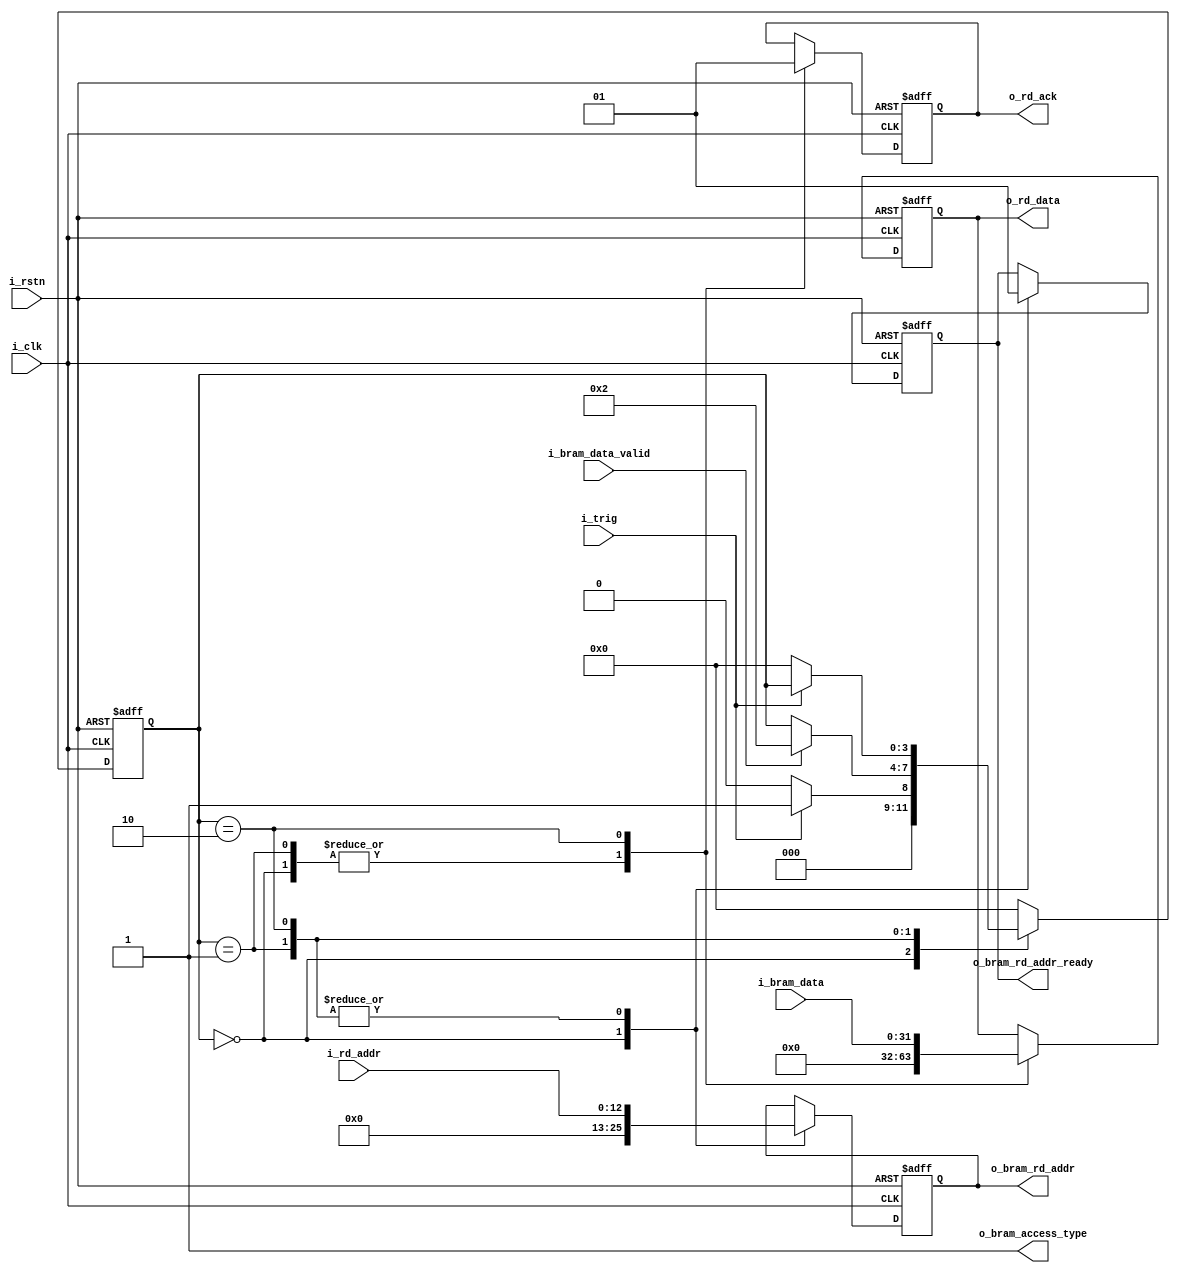
module rd_32b_from_bram (
	i_clk,
	i_rstn,
	i_trig,  // read transaction signal 
	i_rd_addr,
	o_rd_data,
	o_rd_ack,	// read transaction signal  END
	
	o_bram_access_type,	// to top bram read controller 0=512bit, 1=32bit
	o_bram_rd_addr,		// bram direct read addr
	o_bram_rd_addr_ready,	// handshake ready signal
	i_bram_data_valid,	// handshake valid signal
	i_bram_data
	
);
	input 				i_clk;
	input 				i_rstn;
	input 				i_trig;  // read transaction signal 
	input [12:0] 		i_rd_addr;
	output reg [31:0] 	o_rd_data;
	output reg 			o_rd_ack;	// read transaction signal  END
	
	output 				o_bram_access_type;	// to top bram read controller 0=512bit, 1=32bit
	output reg [12:0] 	o_bram_rd_addr;		// bram direct read addr
	output reg 			o_bram_rd_addr_ready;	// handshake ready signal
	input 				i_bram_data_valid;	// handshake valid signal
	input [31:0] 		i_bram_data;
	
	// State machine definition
	reg [3:0] sm_state;
	localparam	IDLE = 0,
				SEND_RD_CMD = 1,
				RCV_ACK = 2;
				
	assign o_bram_access_type = 1'b1;  // tied to 1
	
	// State machine transition
	always@(posedge i_clk or negedge i_rstn) begin
		if (i_rstn == 1'b0)
			begin
				sm_state <= IDLE;
				
				o_bram_rd_addr <= 13'h0;
				o_bram_rd_addr_ready <= 1'b0;
				
				o_rd_ack <= 1'b0;
				o_rd_data <= 32'h0;
			end
		else
			begin
				case (sm_state)
					IDLE:
						begin
							
							o_bram_rd_addr <= 13'h0;
							o_bram_rd_addr_ready <= 1'b0;
							
							o_rd_ack <= 1'b0;
							o_rd_data <= 32'h0;
							
							if (i_trig == 1'b1)
								sm_state <= SEND_RD_CMD;
							else
								sm_state <= IDLE;

						end
					SEND_RD_CMD:
						begin
							// in this state, push signal: o_bram_access_type=1, o_bram_rd_addr=i_rd_addr, o_bram_rd_addr_ready=1
							
							o_bram_rd_addr <= i_rd_addr;
							o_bram_rd_addr_ready <= 1'b1;
							
							o_rd_ack <= 1'b0;
							o_rd_data <= 32'h0;
							
							if (i_bram_data_valid == 1'b1)
								sm_state <= RCV_ACK;
						end
					RCV_ACK:
						begin
							// in this state, o_rd_ack=1, o_rd_data=i_bram_data
							o_bram_rd_addr <= i_rd_addr;
							o_bram_rd_addr_ready <= 1'b1;
							
							o_rd_ack <= 1'b1;
							o_rd_data <= i_bram_data;
							
							if (i_trig == 1'b0)
								sm_state <= IDLE;
						end
				
					default:
						begin
							sm_state <= IDLE;
						end
				endcase
			end
	
	end


endmodule